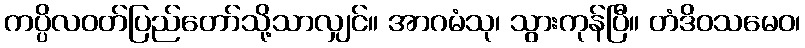
ကပ္ပိလဝတ်ပြည်တော်သို့သာလျှင်။ အာဂမံသု၊ သွားကုန်ပြီ။ တံဒိဝသမေဝ၊